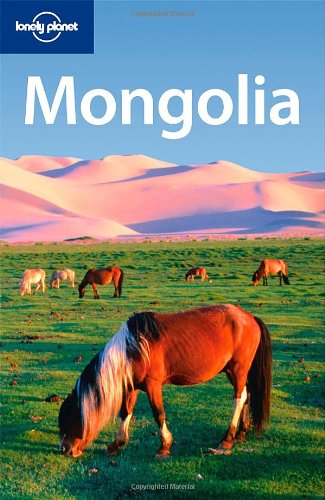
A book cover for Lonely Planet Mongolia (Country Travel Guide); Michael Kohn; Travel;